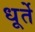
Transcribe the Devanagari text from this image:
धूर्ते